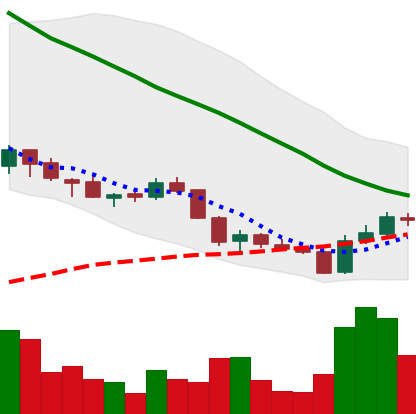
Ticker: ADA-USD
Chart end date: 2018-06-01
Forward return: -3.05%
Label: down_3_5